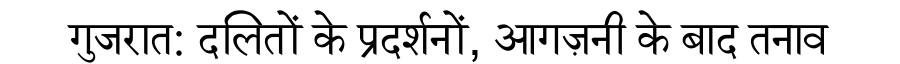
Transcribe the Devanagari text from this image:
गुजरात: दलितों के प्रदर्शनों, आगज़नी के बाद तनाव